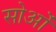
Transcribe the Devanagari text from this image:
सोओं